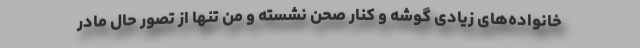
خانواده‌های زیادی گوشه و کنار صحن نشسته و من تنها از تصور حال مادر